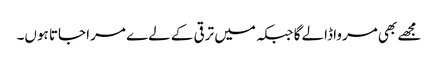
مجھے بھی مرواڈالے گا جبکہ میں ترقی کے لےے مرا جاتا ہوں۔